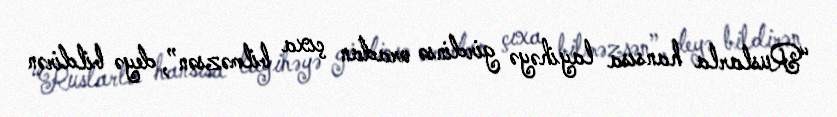
“Ruslarla hansısa layihəyə girdinsə oradan çıxa bilməzsən”, deyə bildirən